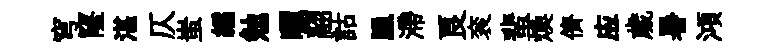
穹窿湛仄蚩繻勉曬翮詁臘滯良衮蜚煥儕应歲暑澒